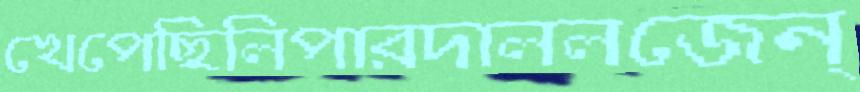
খেপেছিলিপারদাললজেন্